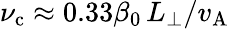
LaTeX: \nu_{\mathrm{c}}\approx 0.33\beta_{0}\, L_{\perp}/v_{\mathrm{A}}